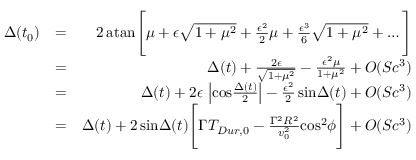
\begin{array} { r l r } { \Delta ( t _ { 0 } ) } & { = } & { 2 \, \mathrm { a t a n } \Bigg [ \mu + \epsilon \sqrt { 1 + \mu ^ { 2 } } + { \frac { \epsilon ^ { 2 } } { 2 } } \mu + { \frac { \epsilon ^ { 3 } } { 6 } } \sqrt { 1 + \mu ^ { 2 } } + \ldots \Bigg ] } \\ & { = } & { \Delta ( t ) + { \frac { 2 \epsilon } { \sqrt { 1 + \mu ^ { 2 } } } } - { \frac { \epsilon ^ { 2 } \mu } { 1 + \mu ^ { 2 } } } + O ( S c ^ { 3 } ) } \\ & { = } & { \Delta ( t ) + 2 \epsilon \, \left| \mathrm { c o s } { \frac { \Delta ( t ) } { 2 } } \right| - { \frac { \epsilon ^ { 2 } } { 2 } } \, \mathrm { s i n } \Delta ( t ) + O ( S c ^ { 3 } ) } \\ & { = } & { \Delta ( t ) + 2 \, \mathrm { s i n } \Delta ( t ) \Bigg [ \Gamma T _ { D u r , 0 } - { \frac { \Gamma ^ { 2 } R ^ { 2 } } { v _ { 0 } ^ { 2 } } } \mathrm { c o s } ^ { 2 } \phi \Bigg ] + O ( S c ^ { 3 } ) } \end{array}